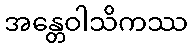
အန္တေဝါသိကဿ